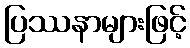
ပြဿနာများဖြင့်